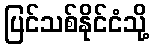
ပြင်သစ်နိုင်ငံသို့